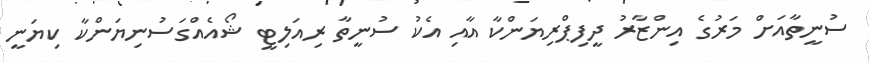
ސުނީތާއަށް މަރުގެ އިންޒާރު ދީފިޕްރިޔަންކާ އާއި އެކު ސުނީތާ ރިއަލިޓީ ޝޯއެއްގަސުނިޔަންކާ ކިޔަނީ